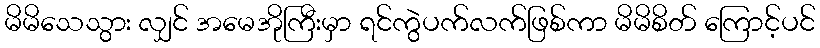
မိမိသေသွား လျှင် အမေအိုကြီးမှာ ရင်ကွဲပက်လက်ဖြစ်ကာ မိမိစိတ် ကြောင့်ပင်